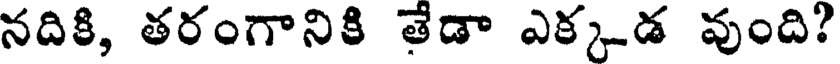
నదికి, తరంగానికి తేడా ఎక్కడ వుంది?